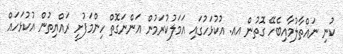
ކުނި ނައްތާލުމާއިބެހޭ ގޮތުން އއ. އުކުޅަހުގައި އަމަލުކުރަމުން އަންނަގޮތް ހިންމަފުށީ ރައްޔިތުން އުކުޅަހައް